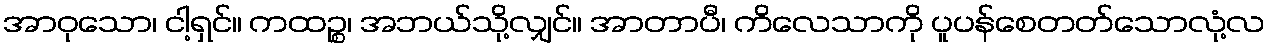
အာဝုသော၊ ငါ့ရှင်။ ကထဉ္စ၊ အဘယ်သို့လျှင်။ အာတာပီ၊ ကိလေသာကို ပူပန်စေတတ်သောလုံ့လ